Leaving Certificate Examination (including Day School Certificate (Higher) General paper), 1934
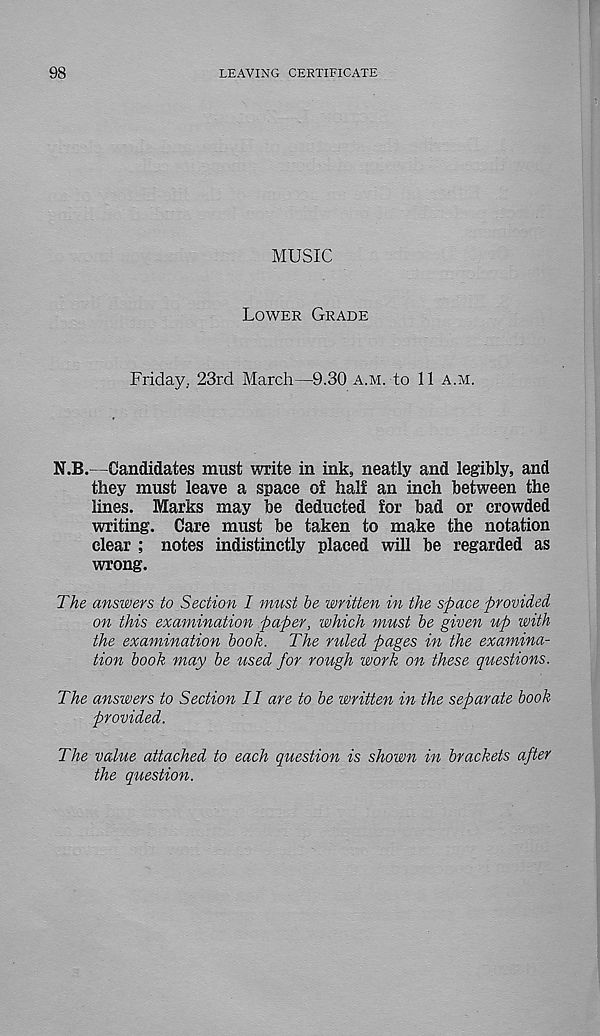
98
LEAVING CERTIFICATE
MUSIC
Lower Grade
Friday. 23rd March—9.30 a.m. to 11 a.m.
N.B.—Candidates must write in ink, neatly and legibly, and
they must leave a space ot half an inch between the
lines. Marks may be deducted for bad or crowded
writing. Care must be taken to make the notation
clear ; notes indistinctly placed will be regarded as
wrong.
The answers to Section I must be written in the space provided
on this examination paper, which must be given up with
the examination book. The ruled pages in the examina-
tion book may be used for rough work on these questions.
The answers to Section II are to be written in the separate book
provided.
The value attached to each question is shown in brackets after
the question.